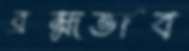
ব্রহ্মভাব